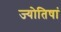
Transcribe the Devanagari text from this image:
ज्योतिषां